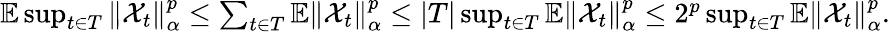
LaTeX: \begin{array}{r}{\mathbb{E}\operatorname*{sup}_{t\in T}\left\Vert\mathcal{X}_{t}\right\Vert_{\alpha}^{p}\leq\sum_{t\in T}\mathbb{E}\left\Vert\mathcal{X}_{t}\right\Vert_{\alpha}^{p}\leq|T|\operatorname*{sup}_{t\in T}\mathbb{E}\left\Vert\mathcal{X}_{t}\right\Vert_{\alpha}^{p}\leq 2^{p}\operatorname*{sup}_{t\in T}\mathbb{E}\left\Vert\mathcal{X}_{t}\right\Vert_{\alpha}^{p}.}\end{array}